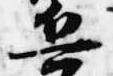
兵